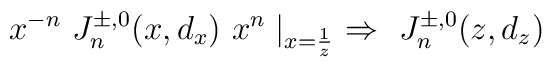
x^{-n}\ J^{\pm,0}_n(x, d_x)\ x^n \mid _ {x={1 \over z}} \ \Rightarrow\ J^{\pm,0}_n(z, d_z)